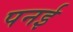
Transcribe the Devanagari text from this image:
पनई